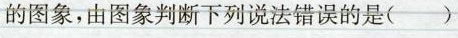
的图象,由图象判断下列说法错误的是( )